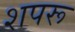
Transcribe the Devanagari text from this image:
शपरू